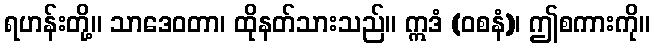
ရဟန်းတို့။ သာဒေဝတာ၊ ထိုနတ်သားသည်။ ဣဒံ (ဝစနံ)၊ ဤစကားကို။